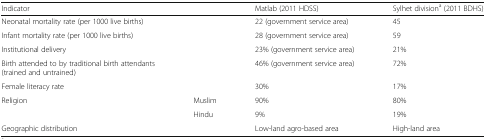
<table><thead><tr><td><b>Indicator</b></td><td></td><td><b>Matlab (2011 HDSS)</b></td><td><b>Sylhet division<sup>a</sup> (2011 BDHS)</b></td></tr></thead><tbody><tr><td>Neonatal mortality rate (per 1000 live births)</td><td></td><td>22 (government service area)</td><td>45</td></tr><tr><td>Infant mortality rate (per 1000 live births)</td><td></td><td>28 (government service area)</td><td>59</td></tr><tr><td>Institutional delivery</td><td></td><td>23% (government service area)</td><td>21%</td></tr><tr><td>Birth attended to by traditional birth attendants (trained and untrained)</td><td></td><td>46% (government service area)</td><td>72%</td></tr><tr><td>Female literacy rate</td><td></td><td>30%</td><td>17%</td></tr><tr><td rowspan="2">Religion</td><td>Muslim</td><td>90%</td><td>80%</td></tr><tr><td>Hindu</td><td>9%</td><td>19%</td></tr><tr><td>Geographic distribution</td><td></td><td>Low-land agro-based area</td><td>High-land area</td></tr></tbody></table>